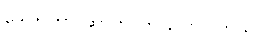
ဒေါက်တာ ဆာကာက ပြောပါတယ်။